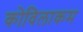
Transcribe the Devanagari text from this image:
कोविलाकम